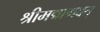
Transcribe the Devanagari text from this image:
श्रीमद्मागवत्